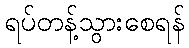
ရပ်တန့်သွားစေရန်